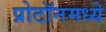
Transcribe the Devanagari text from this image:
प्रोटॉनमध्ये